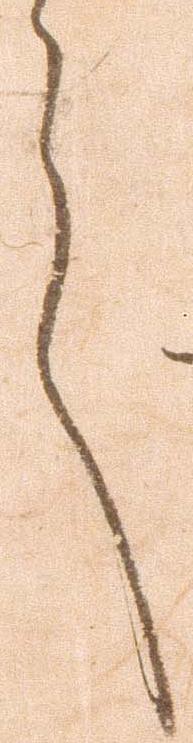
言